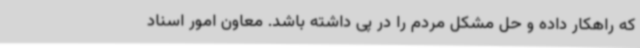
که راهکار داده و حل مشکل مردم را در پی داشته باشد. معاون امور اسناد